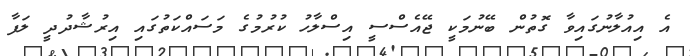
އެ އިއުލާނުގައިވާ ގޮތުން ބޭނުމަކީ ޖޭއެސްސީ އިސްލާހު ކުރުމުގެ މަސައްކަތުގައި އިރުޝާދުދީ ލަފާ